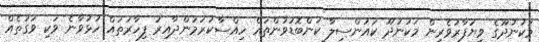
މަކުނުދޫގެ ވިޔަފާރުވެރިން މަކުނުދޫ ކައުންސިލާ ކަންބޮޑުވުންތައް ހިއްސާކުރަމުންދާއިރު ފިހާރަތައް ހުޅުވާނެ ވަކި ވަގުތެއް